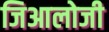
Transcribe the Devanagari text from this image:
जिआलोजी